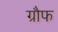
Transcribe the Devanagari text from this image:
ग्रौफ